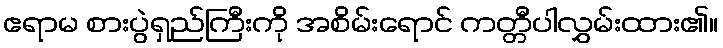
ဧရာမ စားပွဲရှည်ကြီးကို အစိမ်းရောင် ကတ္တီပါလွှမ်းထား၏။